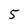
Character: 5